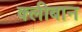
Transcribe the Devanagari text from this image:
क्लीबान